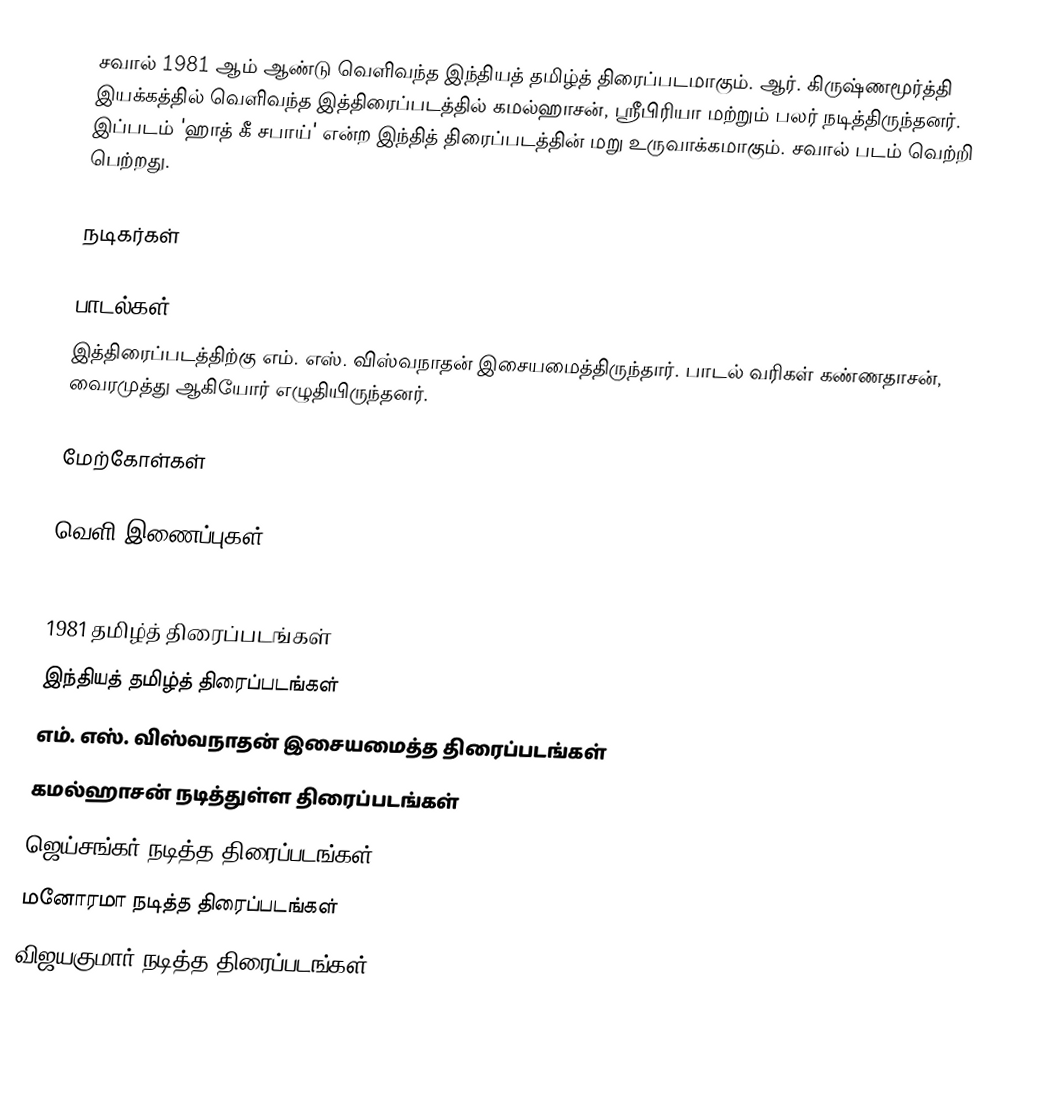
சவால் 1981 ஆம் ஆண்டு வெளிவந்த இந்தியத் தமிழ்த் திரைப்படமாகும். ஆர். கிருஷ்ணமூர்த்தி இயக்கத்தில் வெளிவந்த இத்திரைப்படத்தில் கமல்ஹாசன், ஸ்ரீபிரியா மற்றும் பலர் நடித்திருந்தனர். இப்படம் 'ஹாத் கீ சபாய்' என்ற இந்தித் திரைப்படத்தின் மறு உருவாக்கமாகும். சவால் படம் வெற்றி பெற்றது.

நடிகர்கள்

பாடல்கள்
இத்திரைப்படத்திற்கு எம். எஸ். விஸ்வநாதன் இசையமைத்திருந்தார். பாடல் வரிகள் கண்ணதாசன், வைரமுத்து ஆகியோர் எழுதியிருந்தனர்.

மேற்கோள்கள்

வெளி இணைப்புகள்

1981 தமிழ்த் திரைப்படங்கள்
இந்தியத் தமிழ்த் திரைப்படங்கள்
எம். எஸ். விஸ்வநாதன் இசையமைத்த திரைப்படங்கள்
கமல்ஹாசன் நடித்துள்ள திரைப்படங்கள்
ஜெய்சங்கர் நடித்த திரைப்படங்கள்
மனோரமா நடித்த திரைப்படங்கள்
விஜயகுமார் நடித்த திரைப்படங்கள்